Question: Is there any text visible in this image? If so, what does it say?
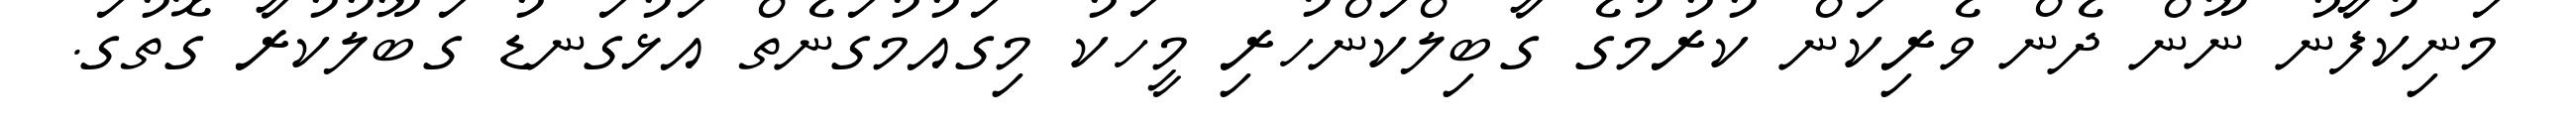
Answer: މަނިކުފާނު ނޫން ދެން ވެރިކަން ކުރުމުގެ ގާބިލްކަންހުރި މީހަކު މިގައުމުގަނެތް އަޅުގަނޑު ގަބޫލުކުރާ ގޮތުގަ.